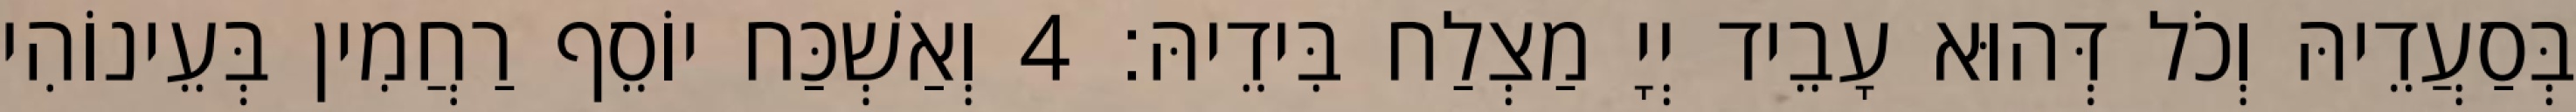
בְּסַעֲדֵיהּ וְכֹל דְּהוּא עָבֵיד יְיָ מַצְלַח בִּידֵיהּ׃ 4 וְאַשְׁכַּח יוֹסֵף רַחֲמִין בְּעֵינוֹהִי